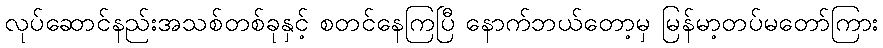
လုပ်ဆောင်နည်းအသစ်တစ်ခုနှင့် စတင်နေကြပြီ နောက်ဘယ်တော့မှ မြန်မာ့တပ်မတော်ကြား